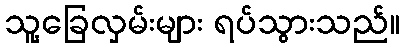
သူ့ခြေလှမ်းများ ရပ်သွားသည်။